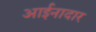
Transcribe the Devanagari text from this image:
आईनादार